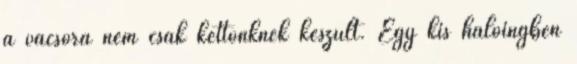
a vacsora nem csak kettőnknek készült. Egy kis hálóingben